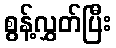
စွန့်လွှတ်ပြီး